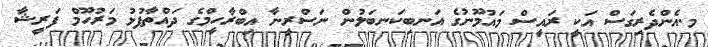
މ.އެންދެރިގަސް އަކީ ރައީސް މައުމޫނުގެ އަނބިކަނބަލުން ނަސްރީނާ އިބްރާހީމްގެ ދައްތާފުޅު މަރުހޫމް ފަރީޝާ